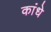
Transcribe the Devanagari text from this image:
कांधे